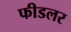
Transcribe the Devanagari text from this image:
फीडलर